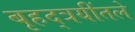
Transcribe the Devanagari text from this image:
बृहद्त्रयींतले